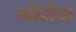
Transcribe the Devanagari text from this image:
कीडीचा